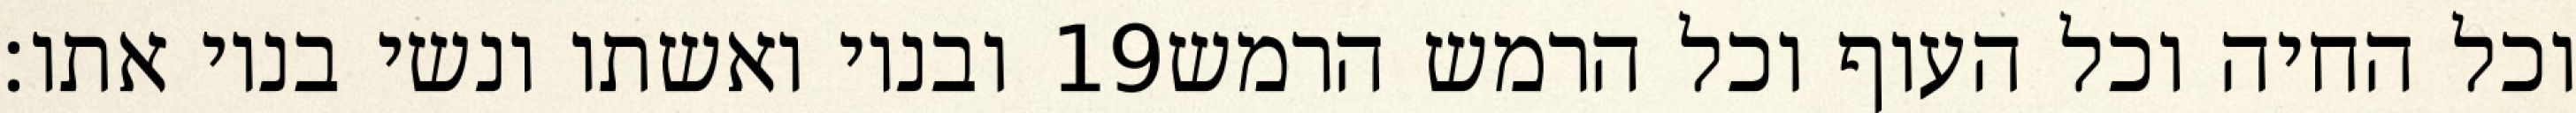
ובניו ואשתו ונשי בניו אתו׃ ‎19‏ וכל החיה וכל העוף וכל הרמש הרמש